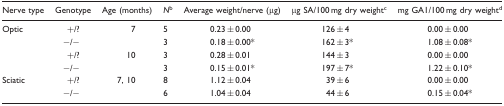
<table><thead><tr><td><b>Nerve type</b></td><td><b>Genotype</b></td><td><b>Age (months)</b></td><td><b><i>N</i><sup>b</sup></b></td><td><b>Average weight/nerve (μg)</b></td><td><b>μg SA/100 mg dry weight<sup>c</sup></b></td><td><b>mg GA1/100 mg dry weight<sup>d</sup></b></td></tr></thead><tbody><tr><td rowspan="4">Optic</td><td>+/?</td><td rowspan="2"> 7</td><td>5</td><td>0.23 ± 0.00</td><td>126 ± 4</td><td>0.00 ± 0.00</td></tr><tr><td>−/−</td><td>3</td><td>0.18 ± 0.00*</td><td>162 ± 3*</td><td>1.08 ± 0.08*</td></tr><tr><td>+/?</td><td rowspan="2"> 10</td><td>3</td><td>0.28 ± 0.01</td><td>144 ± 3</td><td>0.00 ± 0.00</td></tr><tr><td>−/−</td><td>3</td><td>0.15 ± 0.01*</td><td>197 ± 7*</td><td>1.22 ± 0.10*</td></tr><tr><td rowspan="2">Sciatic</td><td>+/?</td><td rowspan="2"> 7, 10</td><td>8</td><td>1.12 ± 0.04</td><td>39 ± 6</td><td>0.00 ± 0.00</td></tr><tr><td>−/−</td><td>6</td><td>1.04 ± 0.04</td><td>44 ± 6</td><td>0.15 ± 0.04*</td></tr></tbody></table>